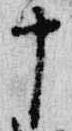
十